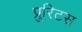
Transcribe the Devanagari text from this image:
प्रुरिटस